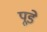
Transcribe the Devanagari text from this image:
पूडे